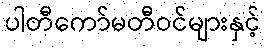
ပါတီကော်မတီဝင်များနှင့်